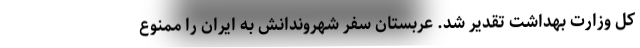
کل وزارت بهداشت تقدیر شد. عربستان سفر شهروندانش به ایران را ممنوع